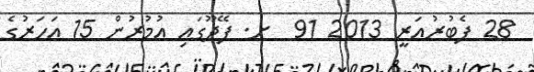
28 ފެބުރުއަރީ 2013 91  ށ. ފޭދޫގައި އުމުރުން 15 އަހަރުގެ